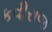
કવીરાજ